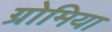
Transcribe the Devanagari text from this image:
ग्रोमिया